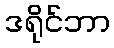
ဒရိုင်ဘာ